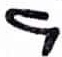
Text: 9